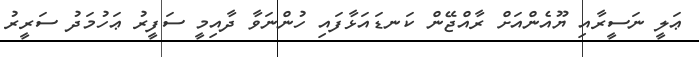
ޢަލީ ނަސީރާއި ޔޫއެންއަށް ރާއްޖޭން ކަނޑައަޅާފައި ހުންނަވާ ދާއިމީ ސަފީރު ޢަހުމަދު ސަރީރު